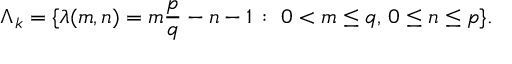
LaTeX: \Lambda _ { k } = \{ \lambda ( m , n ) = m \frac { p } { q } - n - 1 \, : \; 0 < m \leq q , \, 0 \leq n \leq p \} .